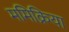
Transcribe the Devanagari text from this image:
ममिक्रिया